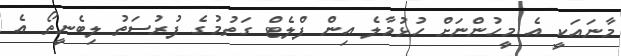
މާނައަކީ އެ މީހުންނަށް ހުޅުމާލެ އިން ފްލެޓް ގަތުމުގެ ފުރުސަތު ލިބެނީތޯ އެ